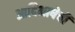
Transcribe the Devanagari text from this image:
आदिभाषेची